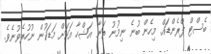
ބެސްޓް ފްރެންޑައް. މިހެން ބުނެ ނިމުނު ތަނާ އަޝްހާ އަކަށް މަޑަކުން ނުހުރެވުނެވެ.